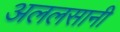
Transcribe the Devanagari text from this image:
अललसानी